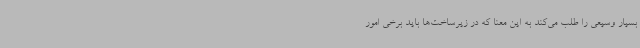
بسیار وسیعی را طلب می‌کند به این معنا که در زیرساخت‌ها باید برخی امور